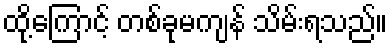
ထို့ကြောင့် တစ်ခုမကျန် သိမ်းရသည်။